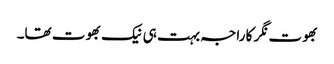
بھوت نگر کا راجہ بہت ہی نیک بھوت تھا۔